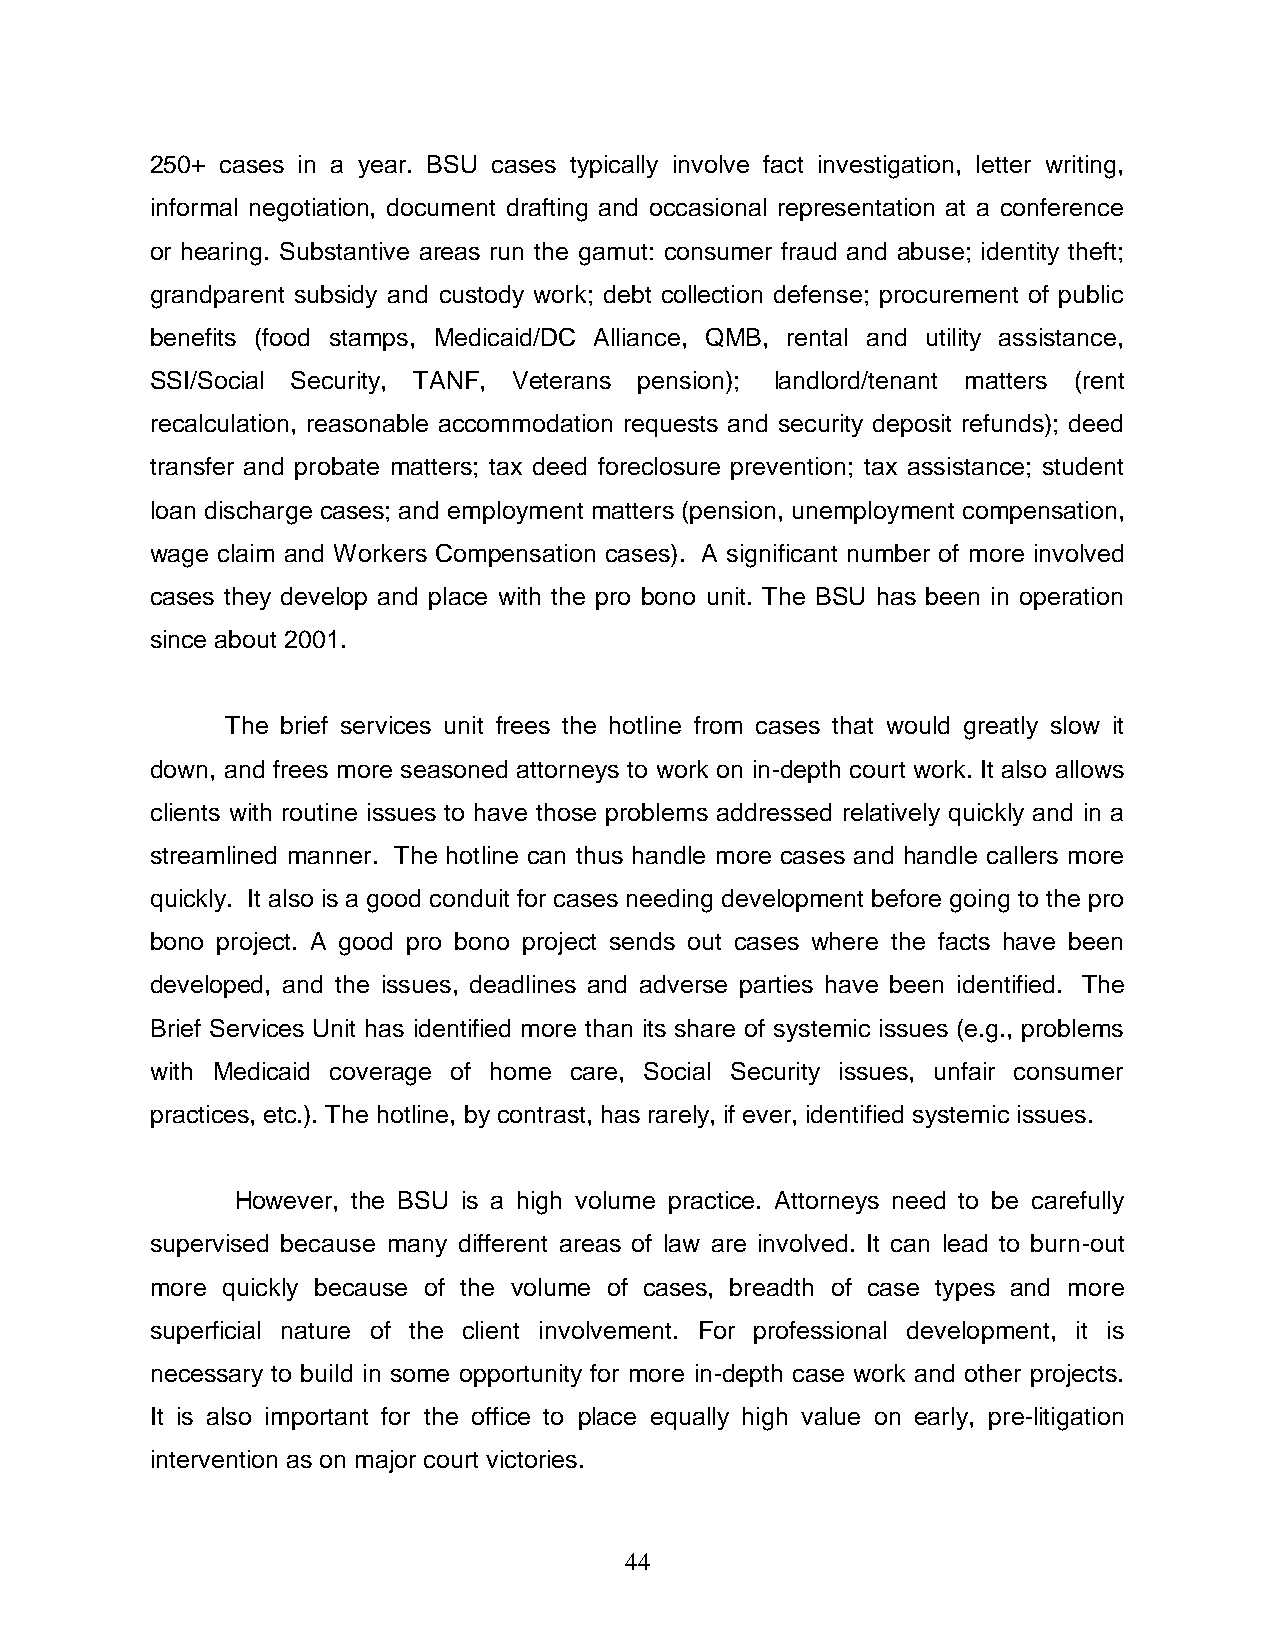
250+ cases in a year. BSU cases typically involve fact investigation, letter writing,
 informal negotiation, document drafting and occasional representation at a conference
 or hearing. Substantive areas run the gamut: consumer fraud and abuse; identity theft;
 grandparent subsidy and custody work; debt collection defense; procurement of public
 benefits (food stamps, Medicaid/DC Alliance, QMB, rental and utility assistance,
 SSI/Social Security, TANF, Veterans pension); landlord/tenant matters (rent
 recalculation, reasonable accommodation requests and security deposit refunds); deed
 transfer and probate matters; tax deed foreclosure prevention; tax assistance; student
 loan discharge cases; and employment matters (pension, unemployment compensation,
 wage claim and Workers Compensation cases). A significant number of more involved
 cases they develop and place with the pro bono unit. The BSU has been in operation
 since about 2001.
 The brief services unit frees the hotline from cases that would greatly slow it
 down, and frees more seasoned attorneys to work on in-depth court work. It also allows
 clients with routine issues to have those problems addressed relatively quickly and in a
 streamlined manner. The hotline can thus handle more cases and handle callers more
 quickly. It also is a good conduit for cases needing development before going to the pro
 bono project. A good pro bono project sends out cases where the facts have been
 developed, and the issues, deadlines and adverse parties have been identified. The
 Brief Services Unit has identified more than its share of systemic issues (e.g., problems
 with Medicaid coverage of home care, Social Security issues, unfair consumer
 practices, etc.). The hotline, by contrast, has rarely, if ever, identified systemic issues.
 However, the BSU is a high volume practice. Attorneys need to be carefully
 supervised because many different areas of law are involved. It can lead to burn-out
 more quickly because of the volume of cases, breadth of case types and more
 superficial nature of the client involvement. For professional development, it is
 necessary to build in some opportunity for more in-depth case work and other projects.
 It is also important for the office to place equally high value on early, pre-litigation
 intervention as on major court victories.
 44